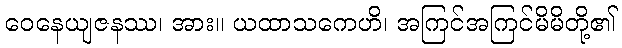
ဝေနေယျဇနဿ၊ အား။ ယထာသကေဟိ၊ အကြင်အကြင်မိမိတို့၏